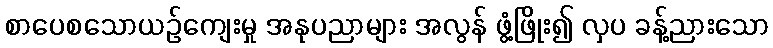
စာပေစသောယဉ်ကျေးမှု အနုပညာများ အလွန် ဖွံ့ဖြိုး၍ လှပ ခန့်ညားသော